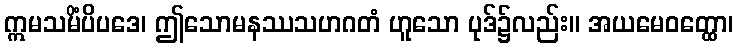
ဣမသမိံပိပဒေ၊ ဤသောမနဿသဟဂတံ ဟူသော ပုဒ်၌လည်း။ အယမေဝတ္ထော၊